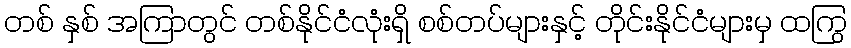
တစ် နှစ် အကြာတွင် တစ်နိုင်ငံလုံးရှိ စစ်တပ်များနှင့် တိုင်းနိုင်ငံများမှ ထကြွ